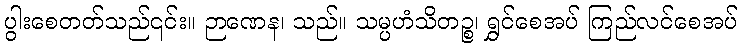
ပွါးစေတတ်သည်၎င်း။ ဉာဏေန၊ သည်။ သမ္ပဟံသိတဉ္စ၊ ရွှင်စေအပ် ကြည်လင်စေအပ်